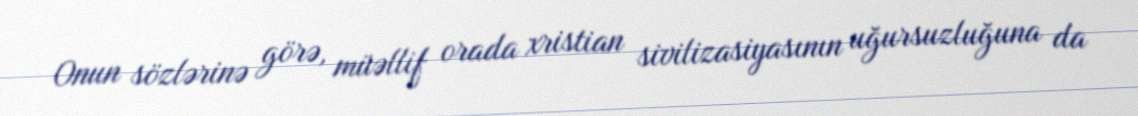
Onun sözlərinə görə, müəllif orada xristian sivilizasiyasının uğursuzluğuna da